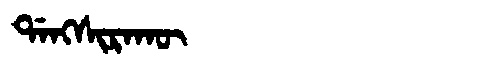
Manchu: ᡩᠠᠩᠰᡳᡵᠠᡴᡡ
Romanization: DANGSIRAKŪ